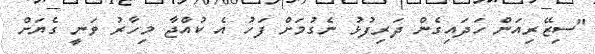
"ސިޒޭރިއަން ހަދައިގެން ދަރިފުޅު ނެގުމަށް ފަހު އެ ކުއްޖާ މިހާރު ވަނީ ގެޔަށް